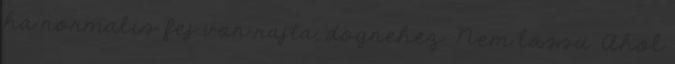
ha normalis fej van rajta, dognehez. Nem lassu. Ahol